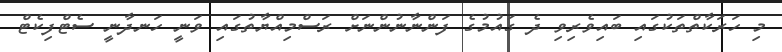
މި ހަރަކާތްތަކުގައި ބައިވެރިވި ދެ ގައުމުގެ ފަންނާނުންނަށް ރަސްމިއްޔާތުގައި ވަނީ ހަނދާނީ ސެޓްފިކެޓް